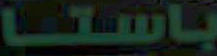
باستا